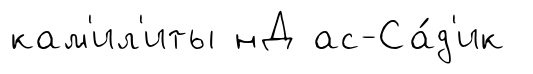
кам'ил'иты нД ас-Са́д'ик